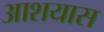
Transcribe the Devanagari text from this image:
आशयास